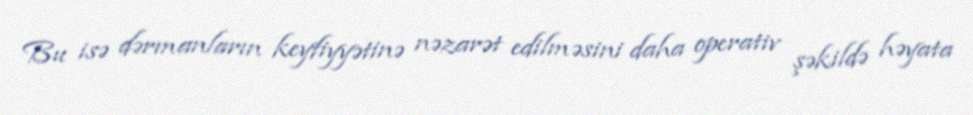
Bu isə dərmanların keyfiyyətinə nəzarət edilməsini daha operativ şəkildə həyata